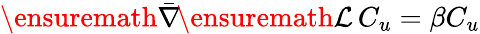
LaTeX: \ensuremath{\bar{\nabla}}\! \ensuremath{\mathcal{L}}\, C_{u}=\beta C_{u}